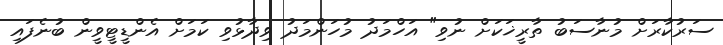
ސަރުކާރަށް މުނާސަބު ތާރީޚަކަށް ނުވި" އަހްމަދު މުހަންމަދު ވިދާޅުވި ކަމަށް އެންޑީޓީވީން ބުނެފައި